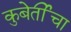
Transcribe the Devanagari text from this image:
कुबेर्तींचा